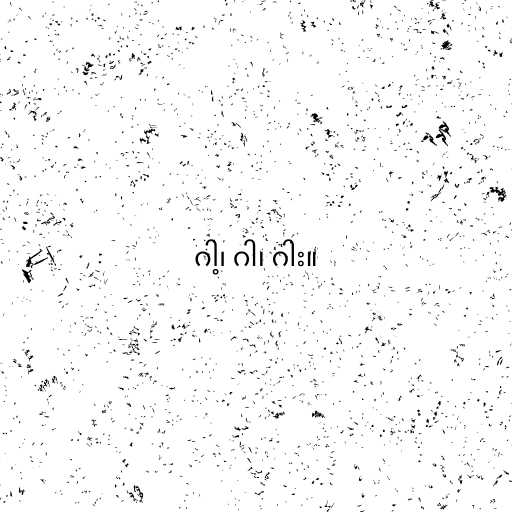
ဂါ့၊ ဂါ၊ ဂါး။